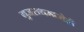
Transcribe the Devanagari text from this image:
गुजराथमध्येही